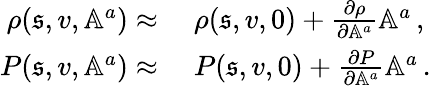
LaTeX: \begin{array}{rl}{\rho(\mathfrak{s},v,\mathbb{A}^{a})\approx{}}&{{}\rho(\mathfrak{s},v,0)+\frac{\partial\rho}{\partial\mathbb{A}^{a}}\mathbb{A}^{a}\, ,}\\ {P(\mathfrak{s},v,\mathbb{A}^{a})\approx{}}&{{}P(\mathfrak{s},v,0)+\frac{\partial P}{\partial\mathbb{A}^{a}}\mathbb{A}^{a}\, .}\end{array}